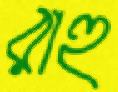
রাহু